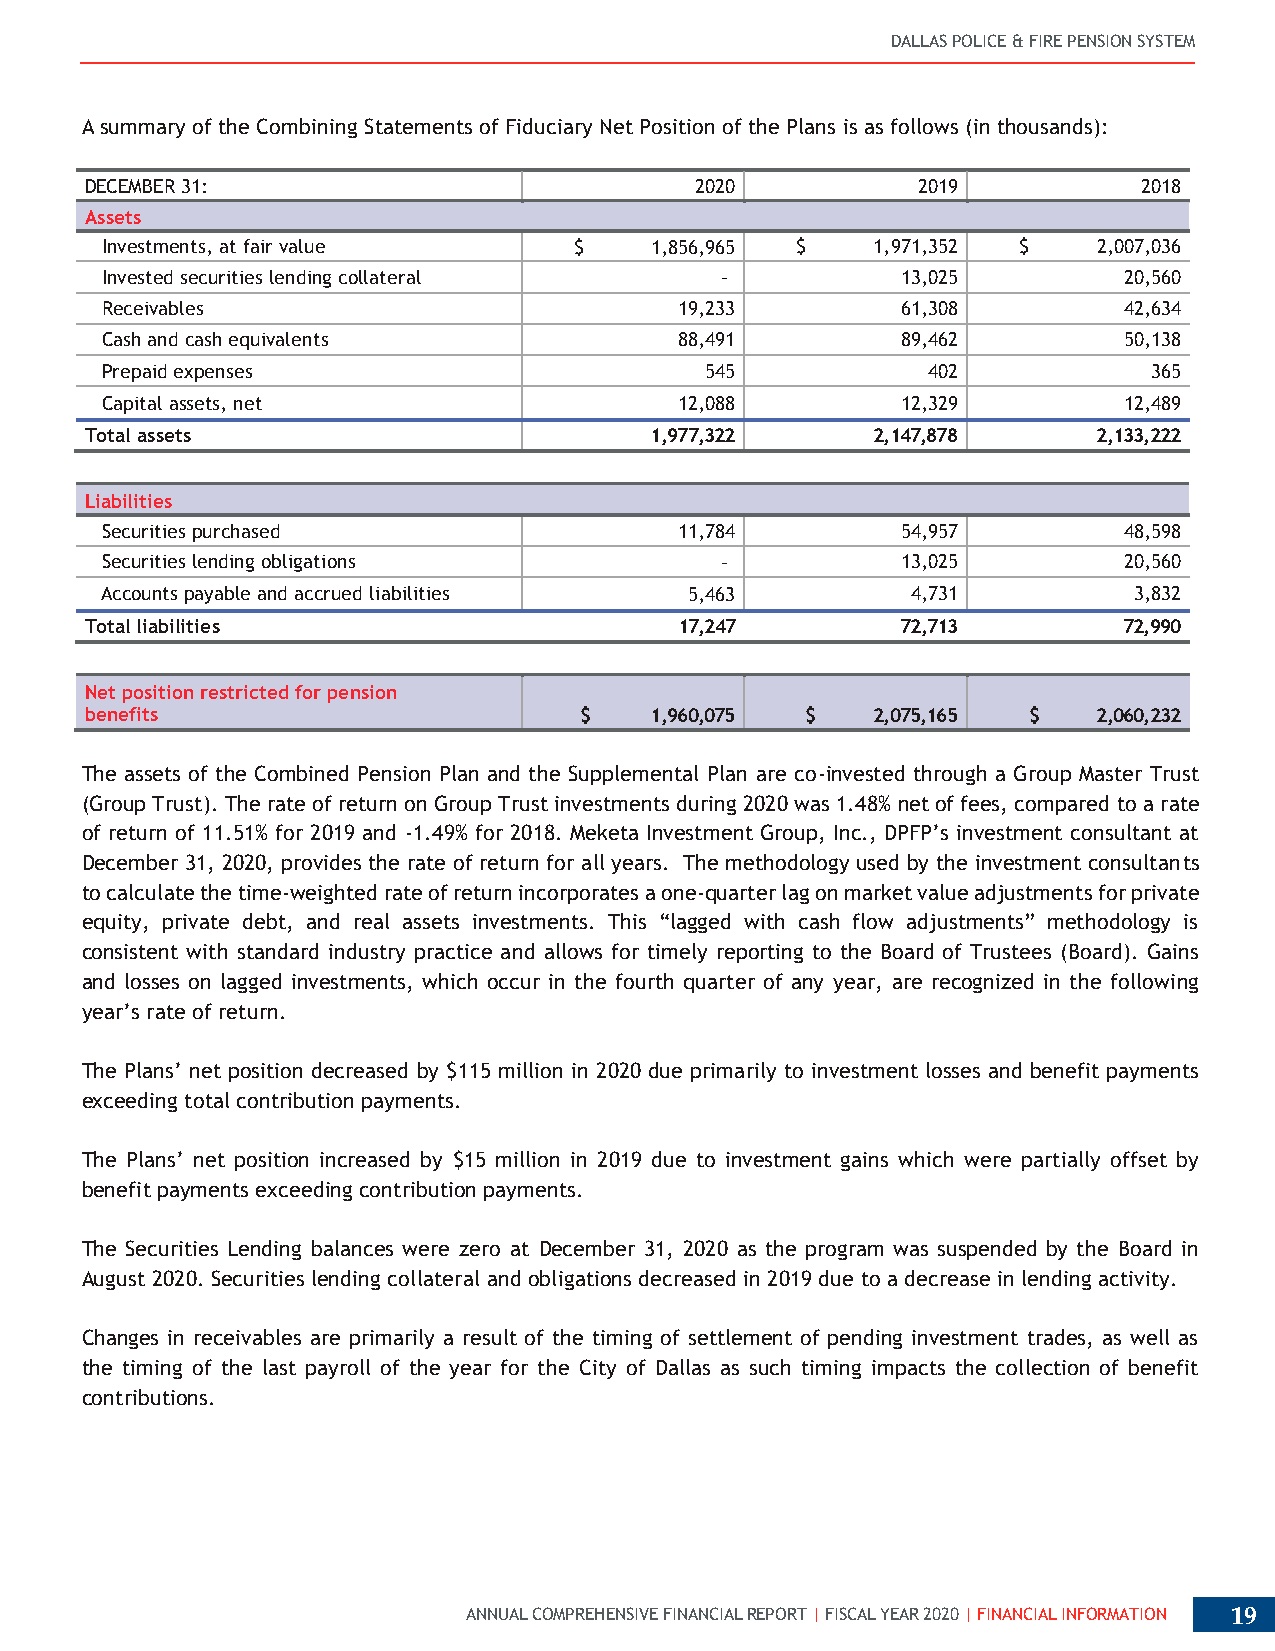
DALLAS POLICE & FIRE PENSION SYSTEM
 A summary of the Combining Statements of Fiduciary Net Position of the Plans is as follows (in thousands):
 DECEMBER 31:                            2020           2019           2018
 Assets
 Investments, at fair value     $    1,856,965 $    1,971,352 $    2,007,036
 Invested securities lending collateral   -           13,025        20,560
 Receivables                           19,233         61,308        42,634
 Cash and cash equivalents             88,491         89,462        50,138
 Prepaid expenses                        545           402            365
 Capital assets, net                   12,088         12,329        12,489
 Total assets                         1,977,322      2,147,878      2,133,222
 Liabilities
 Securities purchased                  11,784         54,957        48,598
 Securities lending obligations           -           13,025        20,560
 Accounts payable and accrued liabilities 5,463       4,731          3,832
 Total liabilities                      17,247         72,713        72,990
 Net position restricted for pension
 benefits                        $    1,960,075 $    2,075,165 $    2,060,232
 The assets of the Combined Pension Plan and the Supplemental Plan are co-invested through a Group Master Trust
 (Group Trust). The rate of return on Group Trust investments during 2020 was 1.48% net of fees, compared to a rate
 of return of 11.51% for 2019 and -1.49% for 2018. Meketa Investment Group, Inc., DPFP’s investment consultant at
 December 31, 2020, provides the rate of return for all years. The methodology used by the investment consultants
 to calculate the time-weighted rate of return incorporates a one-quarter lag on market value adjustments for private
 equity, private debt, and real assets investments. This “lagged with cash flow adjustments” methodology is
 consistent with standard industry practice and allows for timely reporting to the Board of Trustees (Board). Gains
 and losses on lagged investments, which occur in the fourth quarter of any year, are recognized in the following
 year’s rate of return.
 The Plans’ net position decreased by $115 million in 2020 due primarily to investment losses and benefit payments
 exceeding total contribution payments.
 The Plans’ net position increased by $15 million in 2019 due to investment gains which were partially offset by
 benefit payments exceeding contribution payments.
 The Securities Lending balances were zero at December 31, 2020 as the program was suspended by the Board in
 August 2020. Securities lending collateral and obligations decreased in 2019 due to a decrease in lending activity.
 Changes in receivables are primarily a result of the timing of settlement of pending investment trades, as well as
 the timing of the last payroll of the year for the City of Dallas as such timing impacts the collection of benefit
 contributions.
 ANNUAL COMPREHENSIVE FINANCIAL REPORT | FISCAL YEAR 2020 | FINANCIAL INFORMATION 19